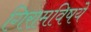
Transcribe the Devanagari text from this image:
गिरामविषये